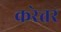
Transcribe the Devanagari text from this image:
करेत्तर